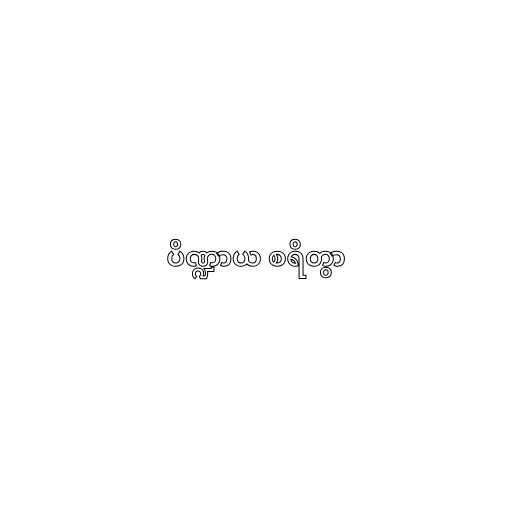
ပိဏ္ဍာယ စရိတွာ